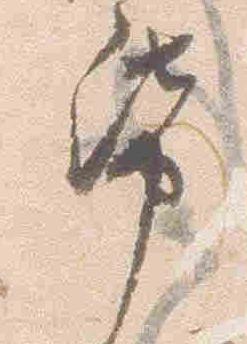
紙